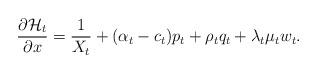
LaTeX: \begin{align*}\frac{\partial\mathcal{H}_t} {\partial x}=\frac{1}{X_{t}}+(\alpha_{t}-c_{t})p_{t}+\rho_{t}q_{t}+\lambda_{t}\mu_{t}w_{t}.\end{align*}